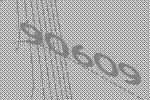
90609